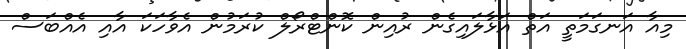
މިއާ އަނގަމަތީ އަތް އަޅާލައިގެން ރުއިން ކޮންޓްރޯލް ކުރަމުން އެވާހަކަ އާއި އެއްބަސް